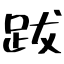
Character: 跋